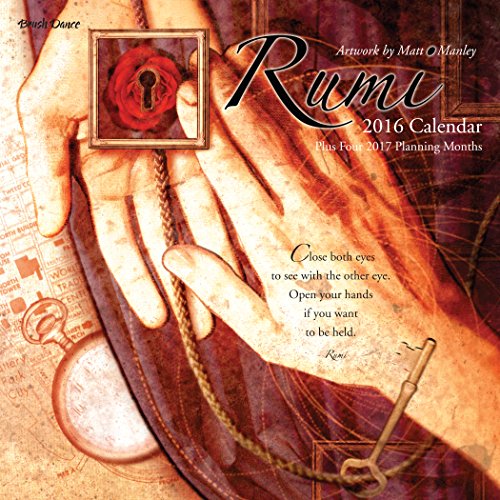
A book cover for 2016 Poetry of Rumi Mini Calendar; Brush Dance; Calendars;